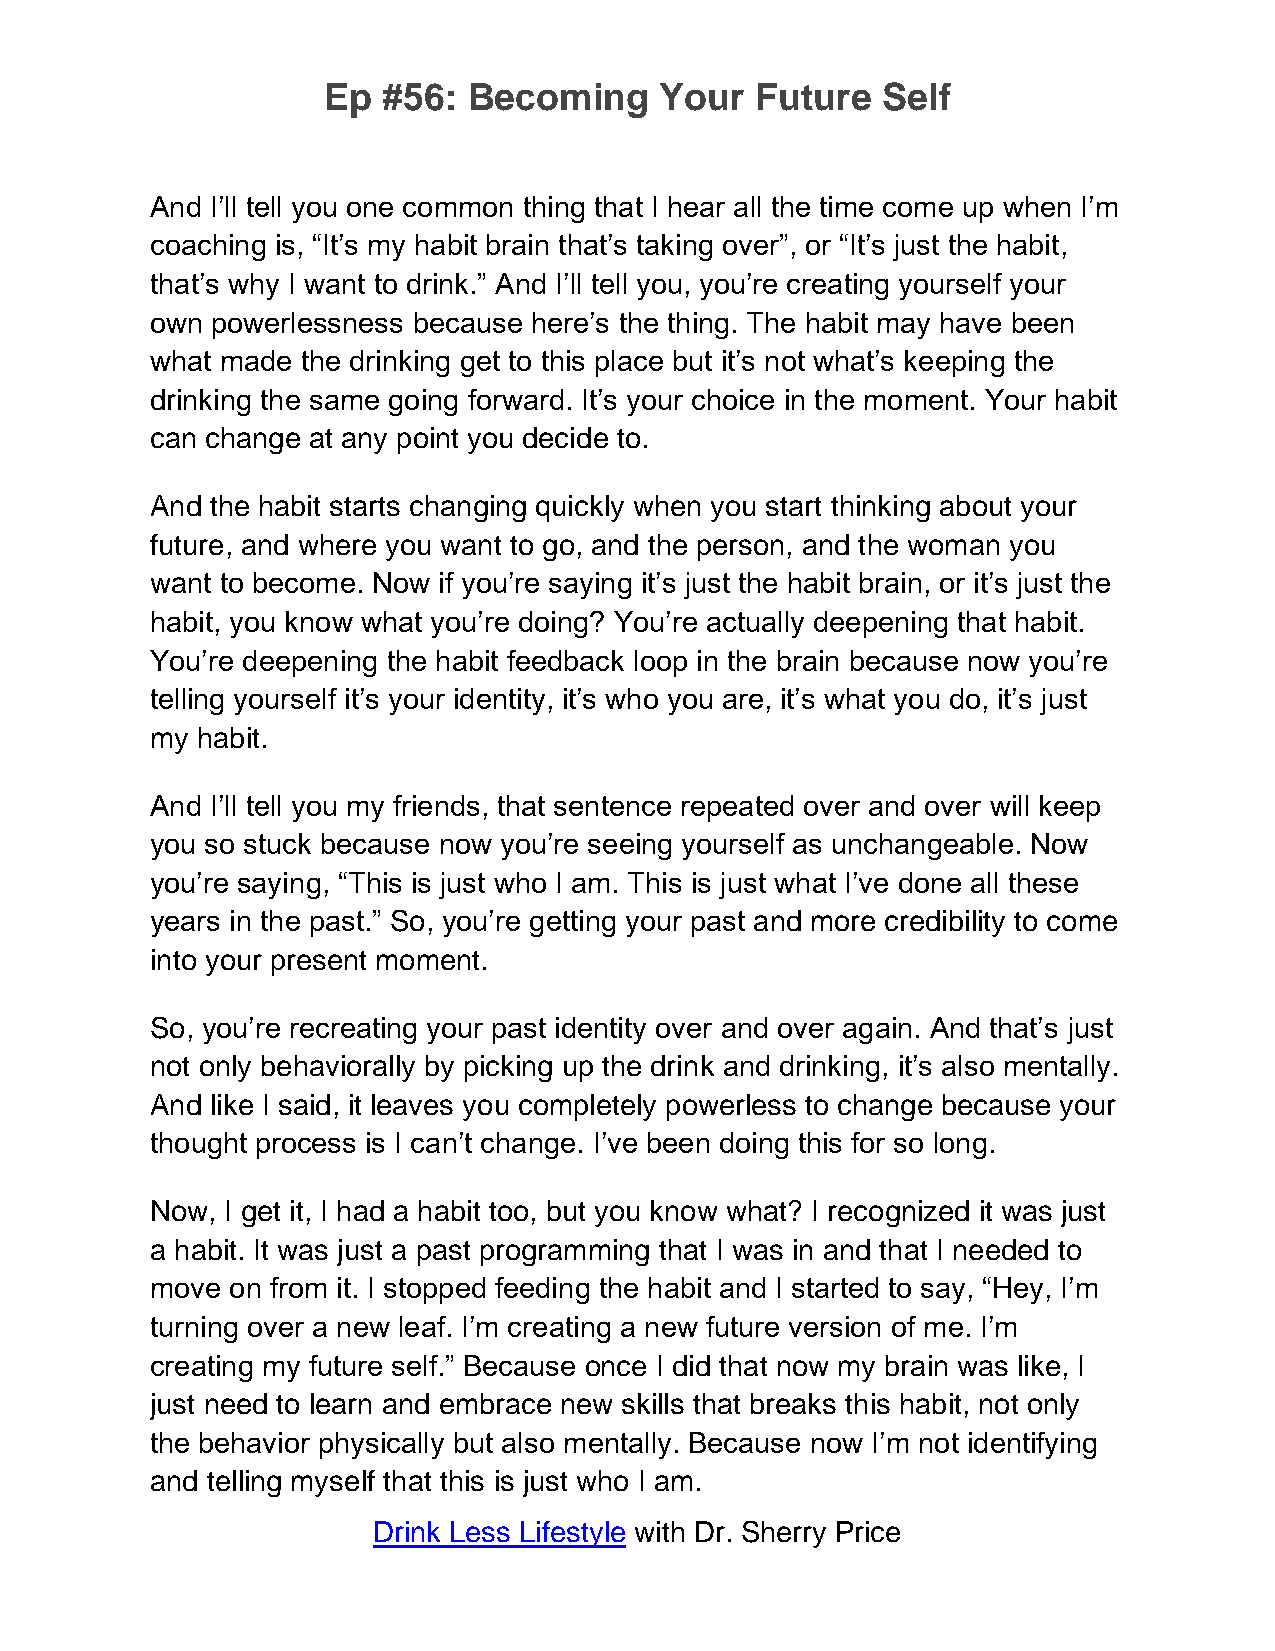
Ep  #56:  Becoming     Your  Future  Self
 And I’ll tell you one common thing that I hear all the time come up when I’m
 coaching is, “It’s my habit brain that’s taking over”, or “It’s just the habit,
 that’s why I want to drink.” And I’ll tell you, you’re creating yourself your
 own powerlessness because here’s the thing. The habit may have been
 what made the drinking get to this place but it’s not what’s keeping the
 drinking the same going forward. It’s your choice in the moment. Your habit
 can change at any point you decide to.
 And the habit starts changing quickly when you start thinking about your
 future, and where you want to go, and the person, and the woman you
 want to become. Now if you’re saying it’s just the habit brain, or it’s just the
 habit, you know what you’re doing? You’re actually deepening that habit.
 You’re deepening the habit feedback loop in the brain because now you’re
 telling yourself it’s your identity, it’s who you are, it’s what you do, it’s just
 my habit.
 And I’ll tell you my friends, that sentence repeated over and over will keep
 you so stuck because now you’re seeing yourself as unchangeable. Now
 you’re saying, “This is just who I am. This is just what I’ve done all these
 years in the past.” So, you’re getting your past and more credibility to come
 into your present moment.
 So, you’re recreating your past identity over and over again. And that’s just
 not only behaviorally by picking up the drink and drinking, it’s also mentally.
 And like I said, it leaves you completely powerless to change because your
 thought process is I can’t change. I’ve been doing this for so long.
 Now, I get it, I had a habit too, but you know what? I recognized it was just
 a habit. It was just a past programming that I was in and that I needed to
 move on from it. I stopped feeding the habit and I started to say, “Hey, I’m
 turning over a new leaf. I’m creating a new future version of me. I’m
 creating my future self.” Because once I did that now my brain was like, I
 just need to learn and embrace new skills that breaks this habit, not only
 the behavior physically but also mentally. Because now I’m not identifying
 and telling myself that this is just who I am.
 Drink Less Lifestyle with Dr. Sherry Price